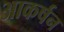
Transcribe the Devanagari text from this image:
आकर्षन